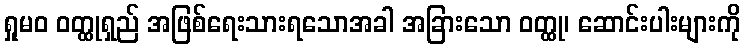
ရှုမဝ ဝတ္ထုရှည် အဖြစ်ရေးသားရသောအခါ အခြားသော ဝတ္ထု၊ ဆောင်းပါးများကို